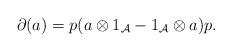
LaTeX: \begin{gather*}{\partial}(a)=p(a \otimes 1_{\mathcal A}-1_{\mathcal A} \otimes a)p.\end{gather*}